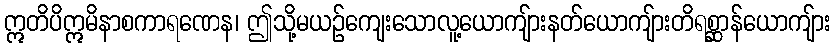
ဣတိပိဣမိနာစကာရဏေန၊ ဤသို့မယဉ်ကျေးသောလူ့ယောကျ်ားနတ်ယောကျ်ားတိရစ္ဆာန်ယောကျ်ား